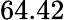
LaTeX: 64.42